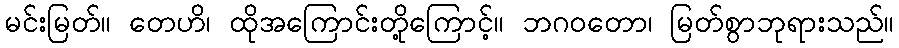
မင်းမြတ်။ တေဟိ၊ ထိုအကြောင်းတို့ကြောင့်။ ဘဂဝတော၊ မြတ်စွာဘုရားသည်။